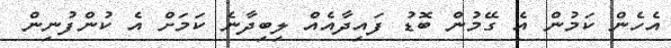
އެހެން ކަމުން އެ ގޭމުން ބޮޑު ފައިދާއެއް ލިބިދާނެ ކަމަށް އެ ކުންފުނިން